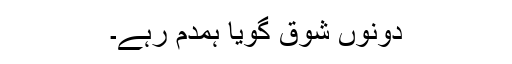
دونوں شوق گویا ہمدم رہے۔